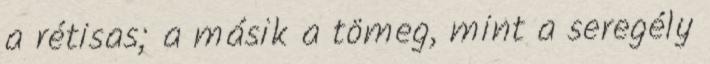
a rétisas; a másik a tömeg, mint a seregély